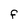
Character: F